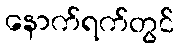
နောက်ရက်တွင်